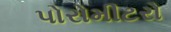
પોરોમીટરો